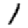
Digit: 1